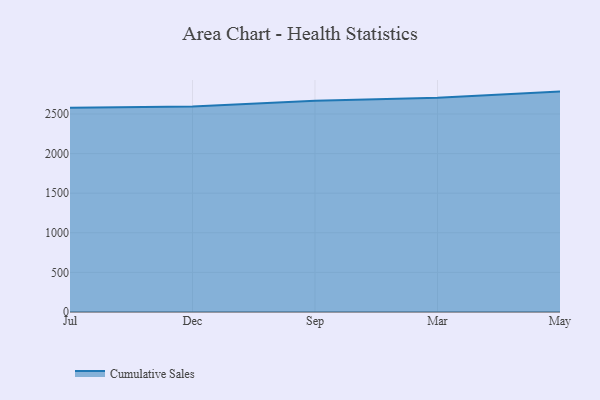
{"axis": {"x": "Month", "y": "Bounce Rate (%)"}, "legend": ["Cumulative Sales"], "data": [{"x": "Jul", "y": 2579.3, "type": "Cumulative Sales"}, {"x": "Dec", "y": 2593.7, "type": "Cumulative Sales"}, {"x": "Sep", "y": 2667.3, "type": "Cumulative Sales"}, {"x": "Mar", "y": 2704.6, "type": "Cumulative Sales"}, {"x": "May", "y": 2782.4, "type": "Cumulative Sales"}]}